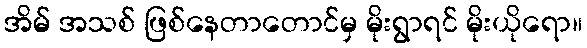
အိမ် အသစ် ဖြစ်နေတာတောင်မှ မိုးရွာရင် မိုးယိုရော။